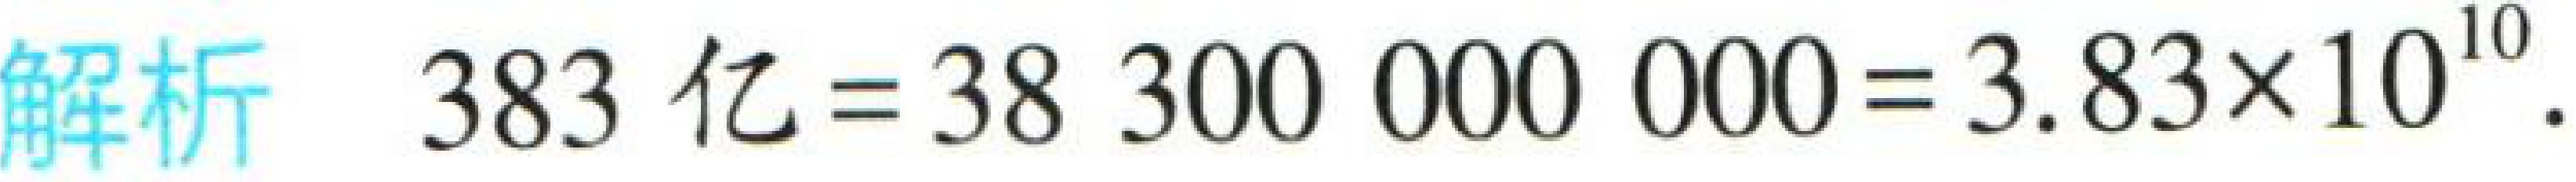
解析 \(383\ 亿=38300000000 = 3.83\times 10^{10}\).